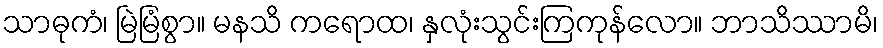
သာဓုကံ၊ မြဲမြံစွာ။ မနသိ ကရောထ၊ နှလုံးသွင်းကြကုန်လော။ ဘာသိဿာမိ၊